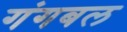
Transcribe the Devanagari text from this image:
गंगबल